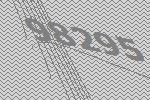
98295